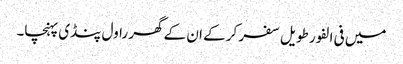
میں فی الفور طویل سفر کر کے ان کے گھر راول پنڈی پہنچا۔